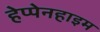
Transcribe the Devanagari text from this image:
हेप्पेनहाइम